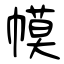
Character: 幙